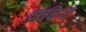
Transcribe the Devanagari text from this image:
चढ़ित